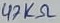
Text: 47KΩ